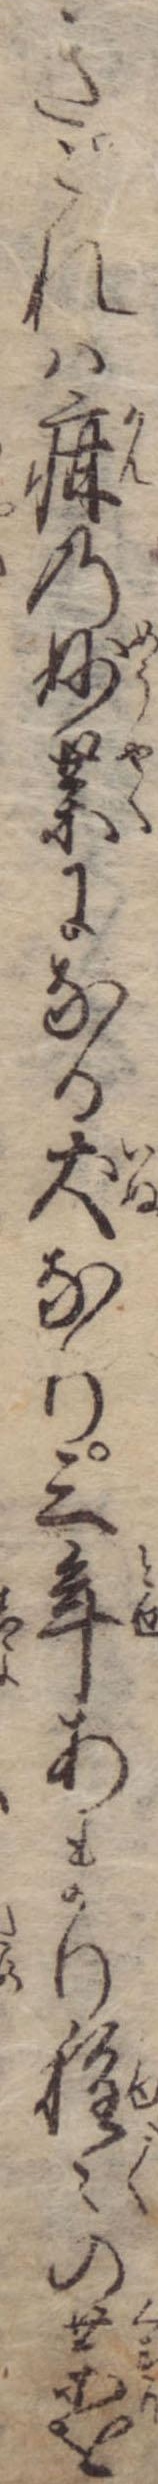
きこれは疳の妙薬になる犬なり三年あまり種々の薬を